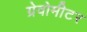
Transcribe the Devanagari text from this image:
ग्रेवोमीटर